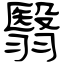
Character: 翳